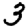
Digit: 3